Eesti_Peakonsulaat_New_Yorgis, lk 35
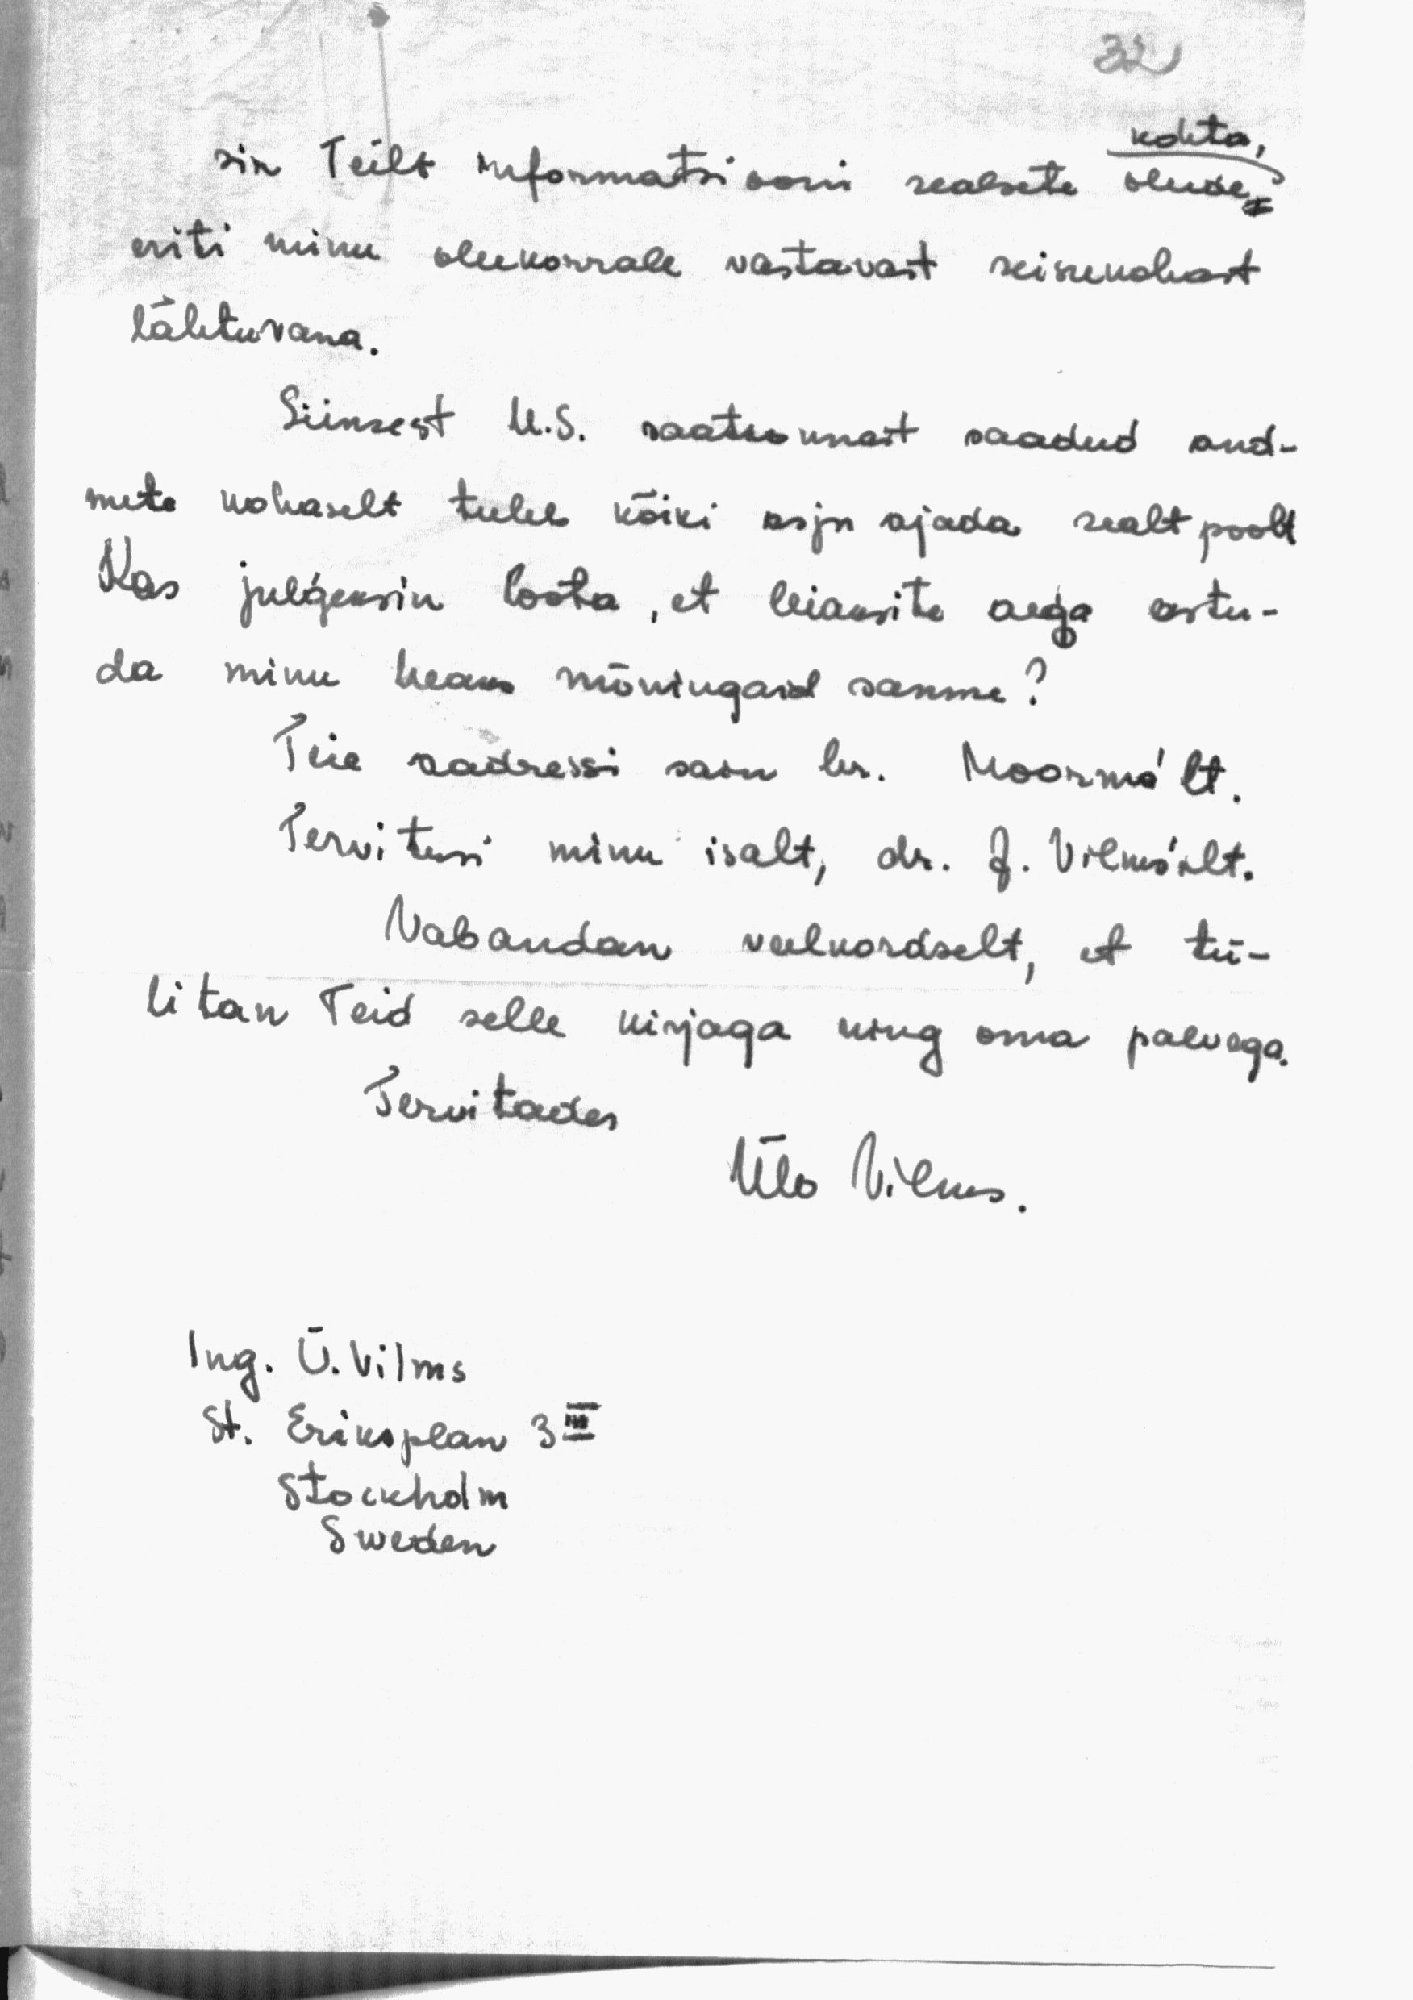
32
sin Teilt informatsiooni sealsete olude
kohta,
eriti minu olukorrale vastavast seisukohast
lähtuvana.
Siinsest U.S. saatkonnast saadud and-
mete kohaselt tuleb kõiki asju ajada sealt poolt
Kas julgeksin loota, et leiaksite aega astu-
da minu heaks mõningaid samme?
Teie aadressi sain hr. Moorma'lt.
Tervitusi minu isalt, dr. J. Vilms'ilt.
Vabandan veelkordselt, et tü-
litan Teid selle kirjaga ning oma palvega.
Tervitades
Ülo Vilms.
lng. Ü. Vilms
St. Eriksplan 3 III
Stockholm
Sweden